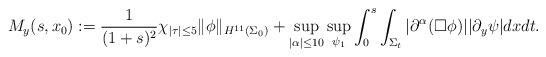
LaTeX: \begin{align*} M_y (s,x_0) := {1 \over (1 + s)^2} \chi_{|\tau| \le 5} \Vert \phi \Vert_{H^{11} (\Sigma_0)} + \sup_{|\alpha| \le 10} \sup_{\psi_1} \int_0^s \int_{\Sigma_t} |\partial^\alpha (\Box \phi)| |\partial_y \psi| d x d t. \end{align*}